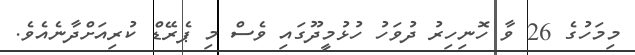
މިމަހުގެ 26 ވާ ހޮނިހިރު ދުވަހު ހުޅުމީދޫގައި ވެސް މި ޕެރޭޑް ކުރިއަށްދާނެއެވެ.